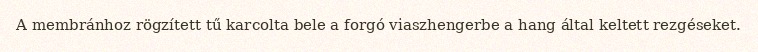
A membránhoz rögzített tű karcolta bele a forgó viaszhengerbe a hang által keltett rezgéseket.